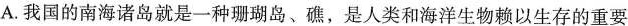
A.我国的南海诸岛就是一种珊瑚岛、礁，是人类和海洋生物赖以生存的重要